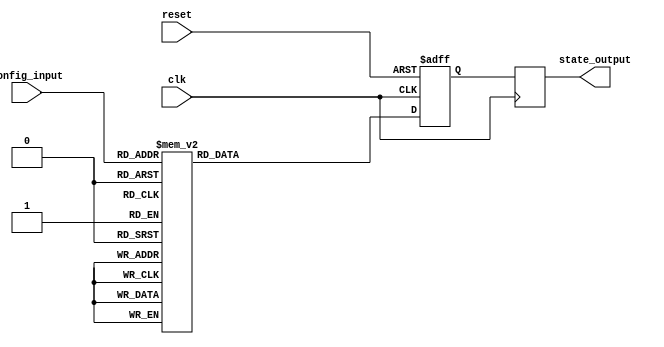
module ConfigurableInitialConditions (
    input wire clk,                // Clock input
    input wire reset,              // Reset input
    input wire [3:0] config_input, // Configuration inputs (4-bit for example)
    output reg [7:0] state_output   // State outputs (8-bit for example)
);

// Internal state registers
reg [7:0] internal_state;

// Behavioral logic for initialization
always @(posedge clk or posedge reset) begin
    if (reset) begin
        // Reset condition: set internal state to a known value
        internal_state <= 8'b00000000; // Reset state
    end else begin
        // Conditional initialization based on configuration inputs
        case (config_input)
            4'b0000: internal_state <= 8'b00000001; // Condition 0: Initialize to 1
            4'b0001: internal_state <= 8'b00000010; // Condition 1: Initialize to 2
            4'b0010: internal_state <= 8'b00000011; // Condition 2: Initialize to 3
            4'b0011: internal_state <= 8'b00000100; // Condition 3: Initialize to 4
            4'b0100: internal_state <= 8'b00000101; // Condition 4: Initialize to 5
            4'b0101: internal_state <= 8'b00000110; // Condition 5: Initialize to 6
            4'b0110: internal_state <= 8'b00000111; // Condition 6: Initialize to 7
            4'b0111: internal_state <= 8'b00001000; // Condition 7: Initialize to 8
            4'b1000: internal_state <= 8'b11111111; // Condition 8: Initialize to 255
            default: internal_state <= 8'b00000000; // Default: Reset state
        endcase
    end
end

// Update output state to reflect internal state
always @(posedge clk) begin
    state_output <= internal_state;
end

endmodule